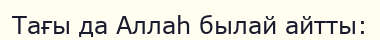
Тағы да Аллаһ былай айтты: